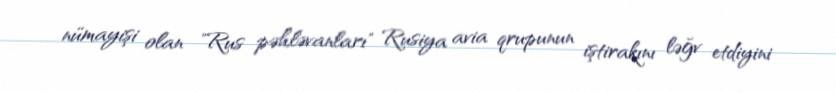
nümayişi olan "Rus pəhləvanları" Rusiya avia qrupunun iştirakını ləğv etdiyini